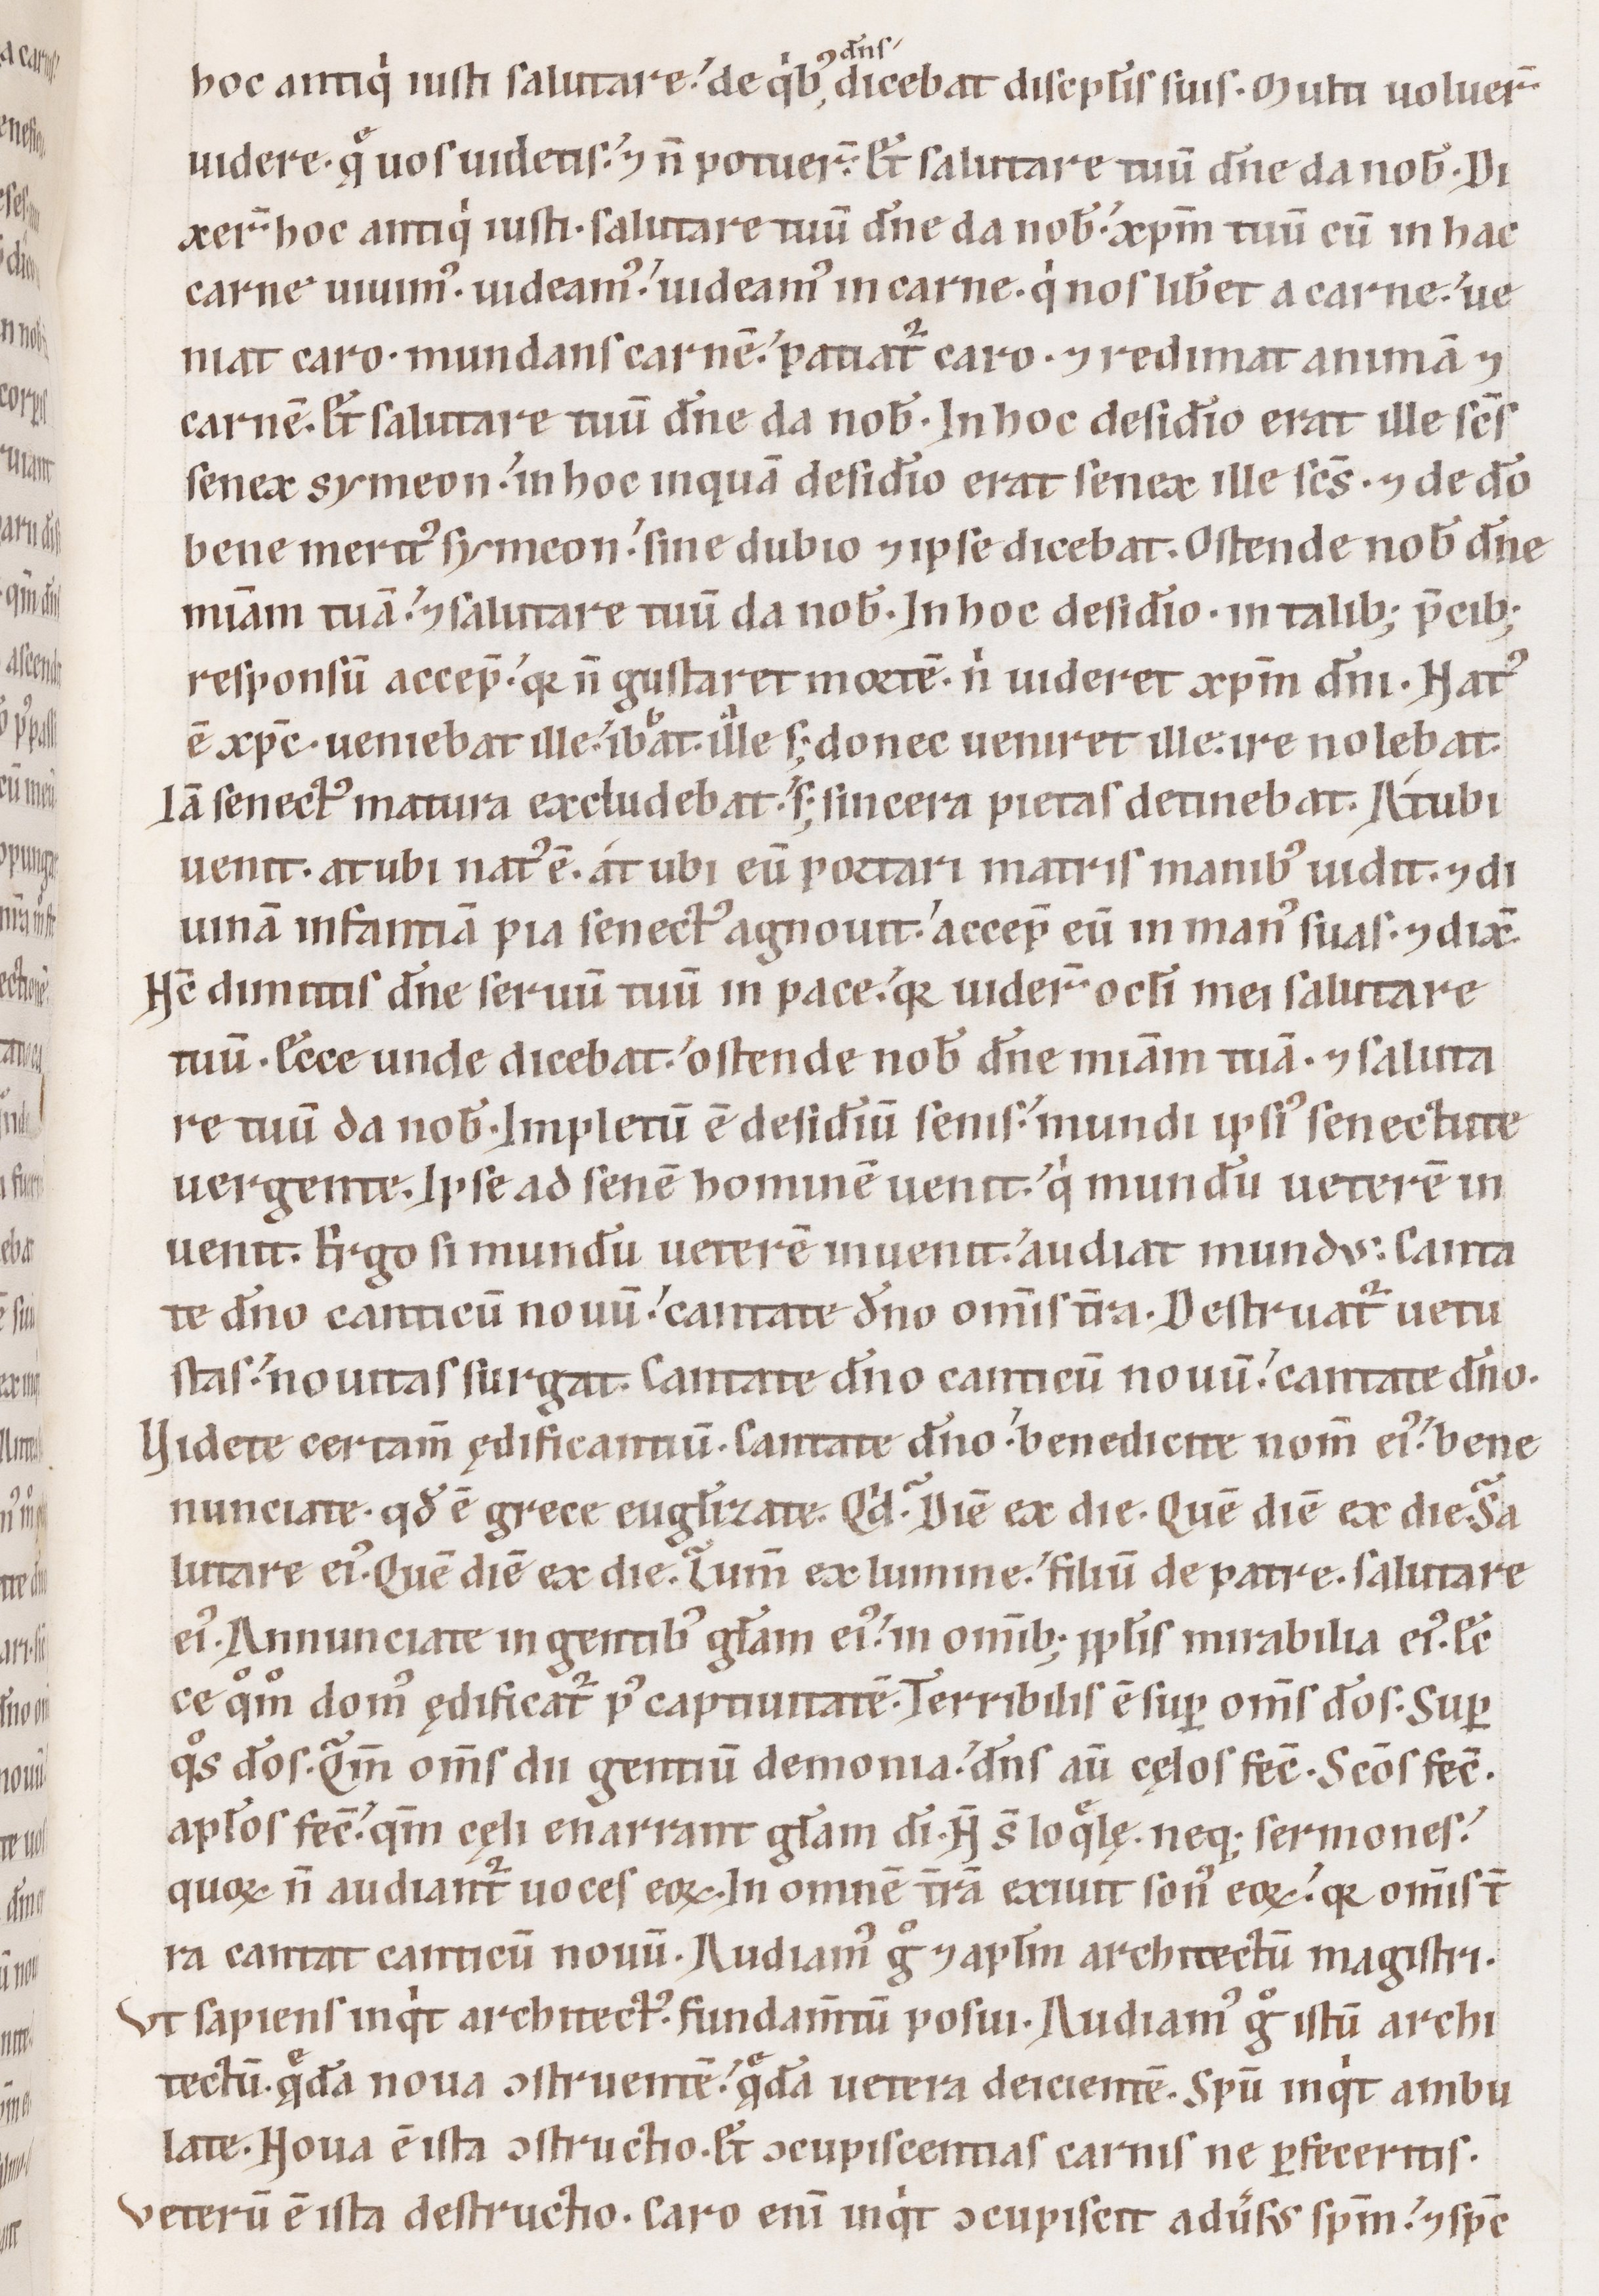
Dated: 1100–1199